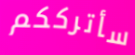
سأترككم